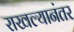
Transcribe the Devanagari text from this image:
राखल्यानंतर